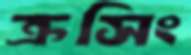
ক্রসিং